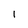
Character: l